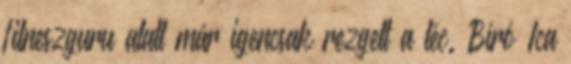
fitneszguru alatt már igencsak rezgett a léc. Bíró Ica